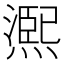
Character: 𤏁